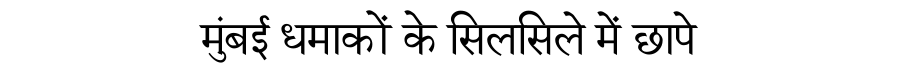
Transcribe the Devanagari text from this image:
मुंबई धमाकों के सिलसिले में छापे